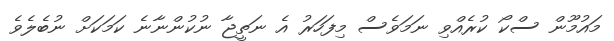
މައުމޫން ސްކޯ ކުރެއްވި ނަމަވެސް މިފަހަރު އެ ނަތީޖާ ނުކުންނާނެ ކަމަކަށް ނުބެލެވެ